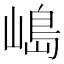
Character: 𡻅